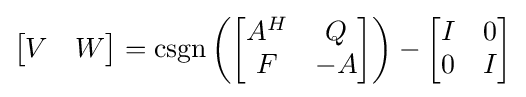
{\begin{bmatrix}V&W\end{bmatrix}}=\operatorname {csgn} \left({\begin{bmatrix}A^{H}&Q\\F&-A\end{bmatrix}}\right)-{\begin{bmatrix}I&0\\0&I\end{bmatrix}}